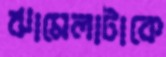
ঝামেলাটাকে